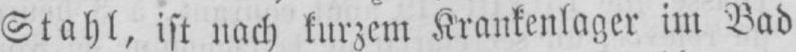
Stahl, ist nach kurzem Krankenlager im Bad